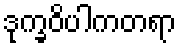
ဒုက္ခဝိပါကတရာ